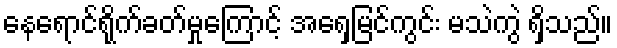
နေရောင်ရိုက်ခတ်မှုကြောင့် အရှေ့မြင်ကွင်း မသဲကွဲ ရှိသည်။